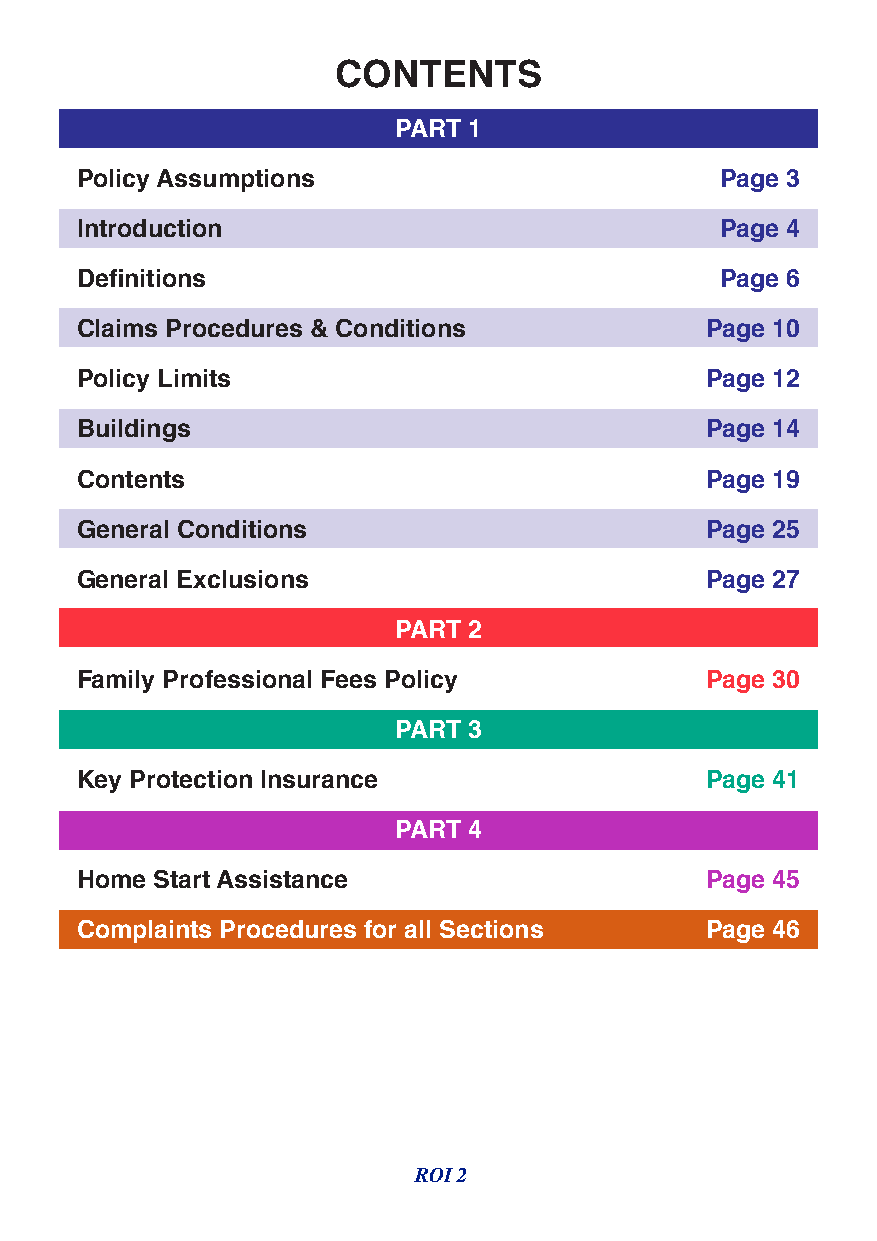
CONTENTS
 CONTENTS
 PART 1
 PART 1
 Policy Assumptions                         Page 3
 Policy Assumptions                         Page 3
 Introduction                               Page 4
 Introduction                               Page 4
 Definitions                                Page 6
 Definitions                                Page 5
 Claims Procedures & Conditions            Page 10
 Claims Procedures & Conditions             Page 7
 Policy Limits                             Page 12
 Policy Limits                              Page 9
 Buildings                                 Page 14
 Buildings                                 Page 10
 Contents                                  Page 19
 Contents                                  Page 14
 General Conditions                        Page 25
 GGeenneerraall ECxocnlduistiioonnss       PPaaggee 2178
 General Exclusions   PART 2               Page 20
 Family Professional Fees Policy           Page 30
 Complaints Section                        Page 21
 PART 3
 PART 2
 Key Protection Insurance                  Page 41
 Family Professional Fees Policy           Page 23
 PART 4
 Complaints Section                        Page 35
 Home Start Assistance                     Page 45
 PART 3
 Complaints Procedures for all Sections    Page 46
 Home Start Assistance                     Page 36
 ROI 2